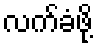
လက်ခံဖို့